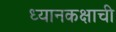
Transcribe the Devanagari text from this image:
ध्यानकक्षाची